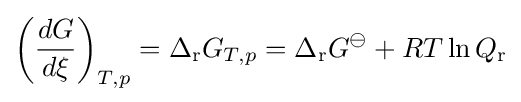
\left({\frac {dG}{d\xi }}\right)_{T,p}=\Delta _{\mathrm {r} }G_{T,p}=\Delta _{\mathrm {r} }G^{\ominus }+RT\ln Q_{\mathrm {r} }